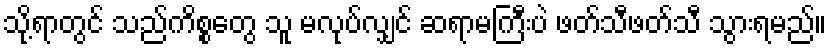
သို့ရာတွင် သည်ကိစ္စတွေ သူ မလုပ်လျှင် ဆရာမကြီးပဲ ဖတ်သီဖတ်သီ သွားရမည်။